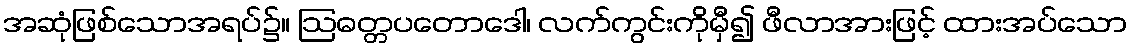
အဆုံဖြစ်သောအရပ်၌။ ဩဓတ္တပတောဒေါ၊ လက်ကွင်းကိုမှီ၍ ဖီလာအားဖြင့် ထားအပ်သော